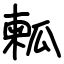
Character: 㼑